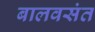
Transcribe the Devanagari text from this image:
बालवसंत